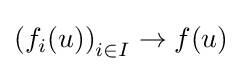
\left(f_{i}(u)\right)_{i\in I}\to f(u)